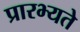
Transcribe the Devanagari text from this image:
प्रारभ्यते